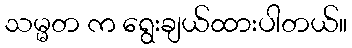
သမ္မတ က ရွေးချယ်ထားပါတယ်။